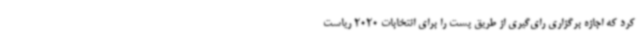
کرد که اجازه برگزاری رای‌گیری از طریق پست را برای انتخابات 2020 ریاست